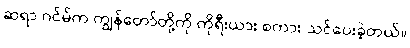
ဆရာ ဂင်မ်က ကျွန်တော်တို့ကို ကိုရီးယား စကား သင်ပေးခဲ့တယ်။